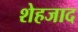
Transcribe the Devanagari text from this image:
शेहजाद